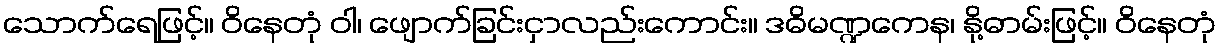
သောက်ရေဖြင့်။ ဝိနေတုံ ဝါ၊ ဖျောက်ခြင်းငှာလည်းကောင်း။ ဒဓိမဏ္ဍကေန၊ နို့ဓာမ်းဖြင့်။ ဝိနေတုံ